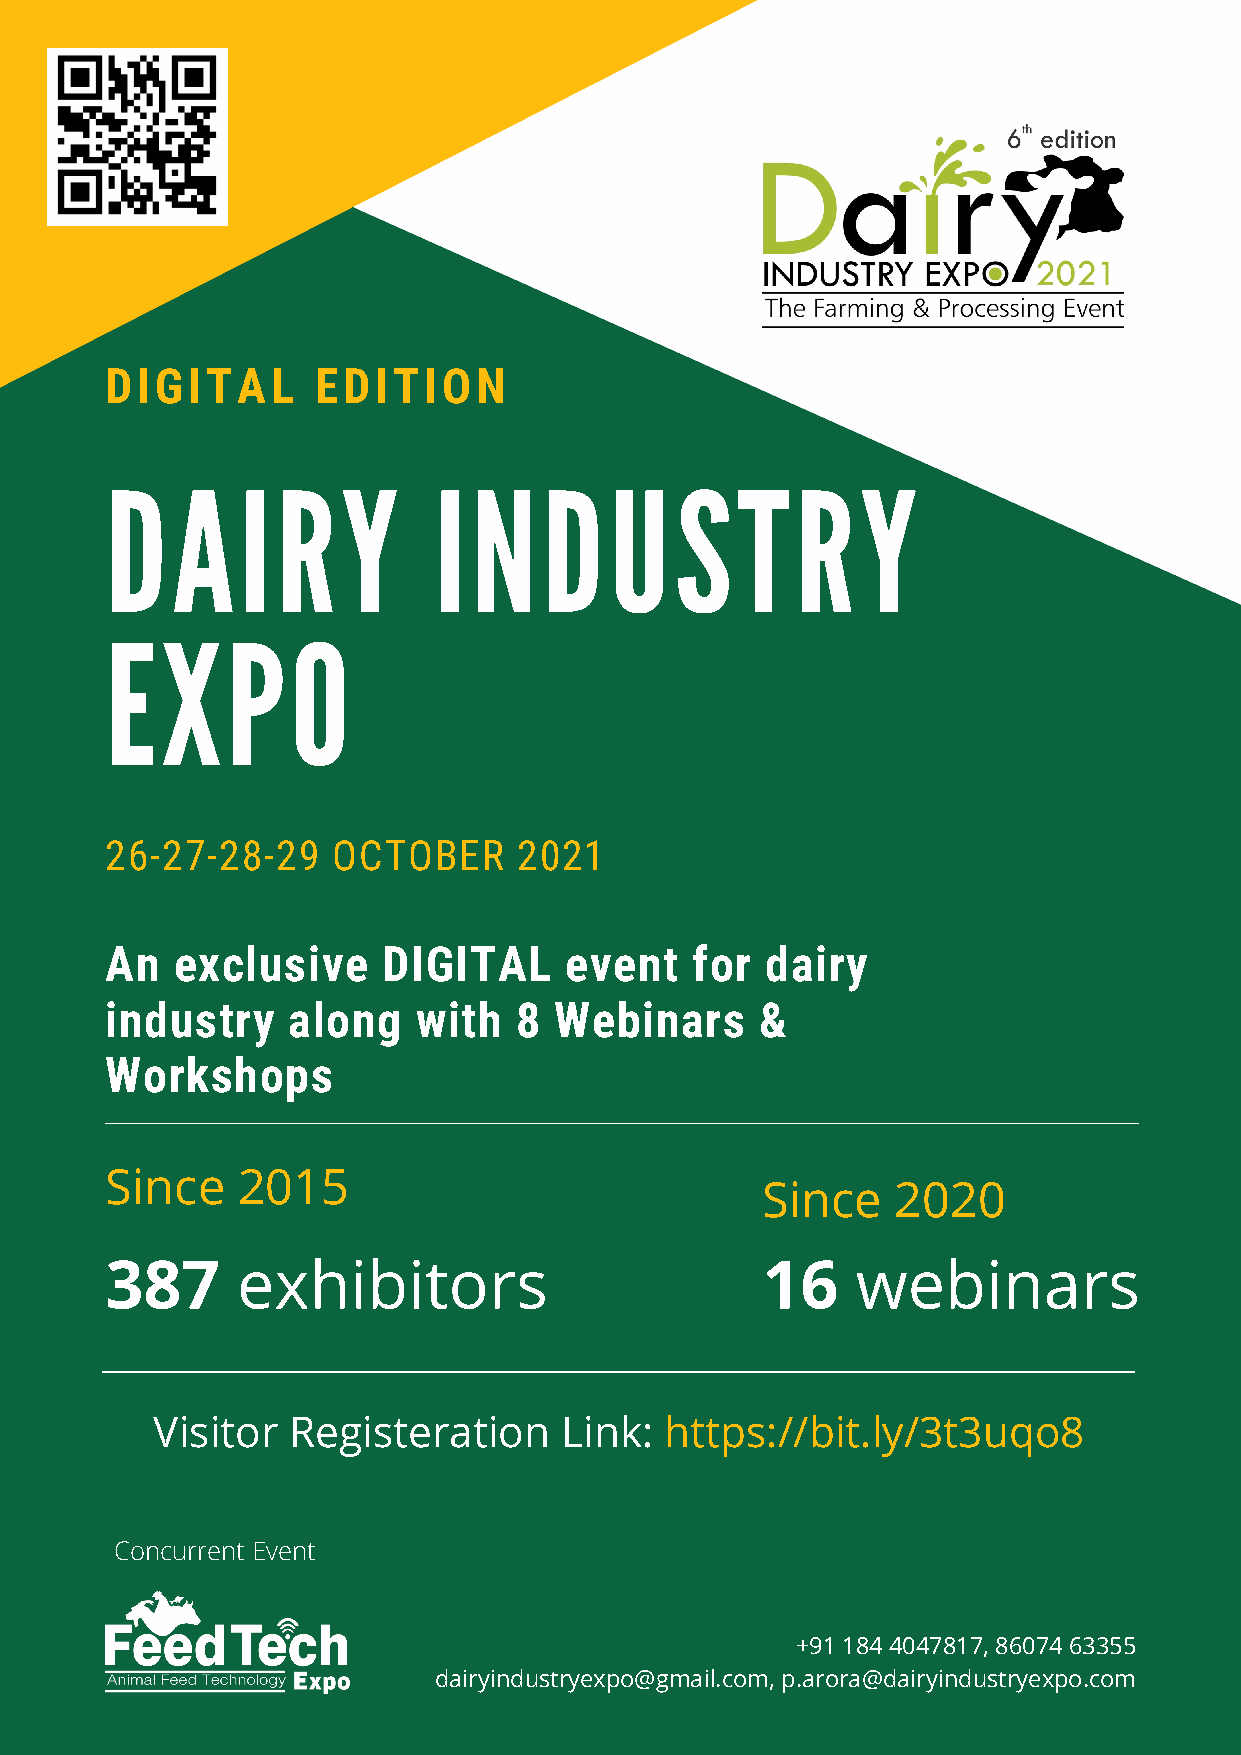
DIGITAL       EDITION
 DAIRY                 INDUSTRY
 EXPO
 26-27-28-29    OCTOBER     2021
 An  exclusive     DIGITAL     event    for  dairy
 industry    along    with  8  Webinars     &
 Workshops
 Since    2015
 Since    2020
 387      exhibitors                        16     webinars
 Visitor  Registeration     Link:  https://bit.ly/3t3uqo8
 Concurrent Event
 +91 184 4047817, 86074 63355
 dairyindustryexpo@gmail.com, p.arora@dairyindustryexpo.com